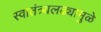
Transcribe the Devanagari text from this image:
स्वातंत्र्यलढ्यामुळे